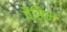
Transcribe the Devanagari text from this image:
पैसिभ